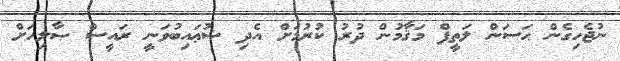
ނުޖެހިގެން ޙަސަން ލަތީފް މަޤާމުން ދުރު ކުރުމަށް އެދި ޝުޢައިބުވަނީ ރައީސް ޞާލިހަށް